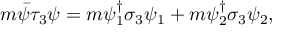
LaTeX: m \bar { \psi } \tau _ { 3 } \psi = m \psi _ { 1 } ^ { \dagger } \sigma _ { 3 } \psi _ { 1 } + m \psi _ { 2 } ^ { \dagger } \sigma _ { 3 } \psi _ { 2 } ,